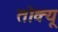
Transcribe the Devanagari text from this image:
तोक्यू